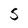
Character: s